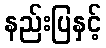
နည်းပြနှင့်